Studies on the mouth parts a Comparative anatomy of the proboscis in the blood-sucking muscidae - Number 60
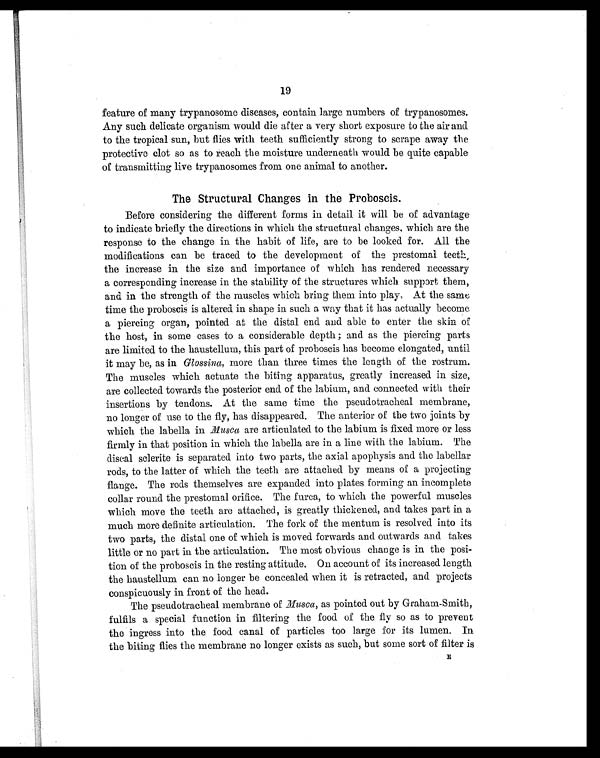
19
feature of many trypanosome diseases, contain large numbers of trypanosomes.
Any such delicate organism would die after a very short exposure to the air and
to the tropical sun, but flies with teeth sufficiently strong to scrape away the
protective clot so as to reach the moisture underneath would be quite capable
of transmitting live trypanosomes from one animal to another.
The Structural Changes in the Proboscis.
Before considering the different forms in detail it will be of advantage
to indicate briefly the directions in which the structural changes, which are the
response to the change in the habit of life, are to be looked for. All the
modifications can be traced to the development of the prestomal teeth,
the increase in the size and importance of which has rendered necessary
a corresponding increase in the stability of the structures which support them,
and in the strength of the muscles which bring them into play. At the same
time the proboscis is altered in shape in such a way that it has actually become
a piercing organ, pointed at the distal end and able to enter the skin of
the host, in some cases to a considerable depth ; and as the piercing parts
are limited to the haustellum, this part of proboscis has become elongated, until
it may be, as in Glossina, more than three times the length of the rostrum.
The muscles which actuate the biting apparatus, greatly increased in size,
are collected towards the posterior end of the labium, and connected with their
insertions by tendons. At the same time the pseudotracheal membrane,
no longer of use to the fly, has disappeared. The anterior of the two joints by
which the labella in Musca are articulated to the labium is fixed more or less
firmly in that position in which the labella are in a line with the labium. The
discal sclerite is separated into two parts, the axial apophysis and the labellar
rods, to the latter of which the teeth are attached by means of a projecting
flange. The rods themselves are expanded into plates forming an incomplete
collar round the prestomal orifice. The furca, to which the powerful muscles
which move the teeth are attached, is greatly thickened, and takes part in a
much more definite articulation. The fork of the mentum is resolved into its
two parts, the distal one of which is moved forwards and outwards and takes
little or no part in the articulation. The most obvious change is in the posi-
tion of the proboscis in the resting attitude. On account of its increased length
the haustellum can no longer be concealed when it is retracted, and projects
conspicuously in front of the head.
The pseudotracheal membrane of Musca, as pointed out by Graham-Smith,
fulfils a special function in filtering the food of the fly so as to prevent
the ingress into the food canal of particles too large for its lumen. In
the biting flies the membrane no longer exists as such, but some sort of filter is E